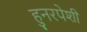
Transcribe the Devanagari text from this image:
हुनरपेशी